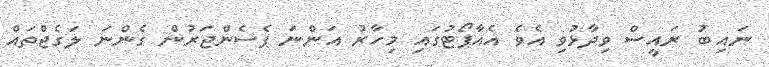
ނައިބު ރައީސް ވިދާޅުވި އެވެ އެއާޕޯޓުގައި މިހާރު އަންނަ ޕެސެންޖަރުން ގެންނަ ލަގެޖްތައް